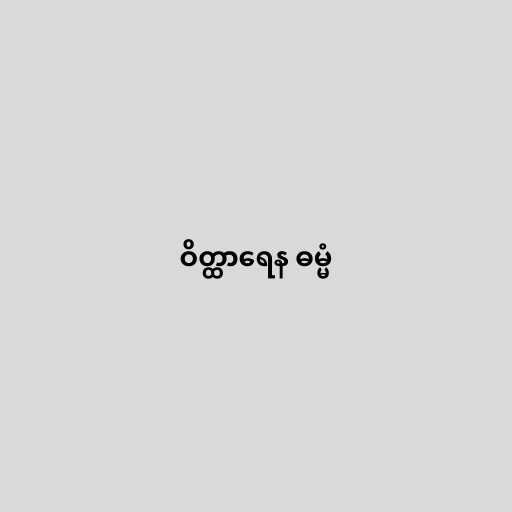
ဝိတ္ထာရေန ဓမ္မံ